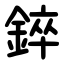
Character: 錊